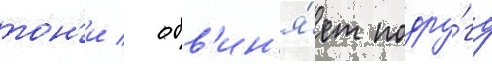
тон'и / обв'ин'я́ет подру́гу